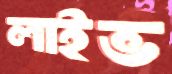
লাইভ